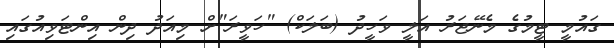
ގައުމީ ޓީމުގެ މެނޭޖަރު އަލީ ވަހީދު (ބަލަކް) "ހަވީރަ"ށް މިއަދު ދިން އިންޓަވިއުގައި